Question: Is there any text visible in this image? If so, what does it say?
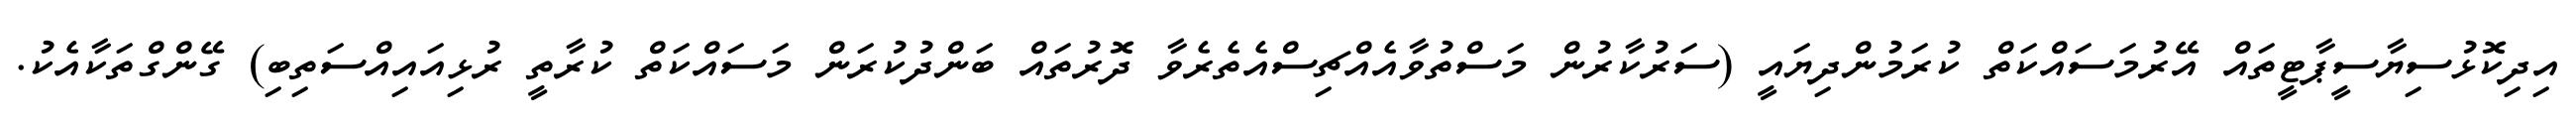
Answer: އިދިކޮޅުސިޔާސީޕާޓީތައް އޭރުމަސައްކަތް ކުރަމުންދިޔައީ (ސަރުކާރުން މަސްތުވާއެއްޗިސްއެތެރެވާ ދޮރުތައް ބަންދުކުރަން މަސައްކަތް ކުރާތީ ރުޅިއައިއްސަތިބި) ގޭންގްތަކާއެކު.